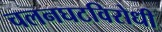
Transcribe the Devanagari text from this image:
चलनघटविरोधी